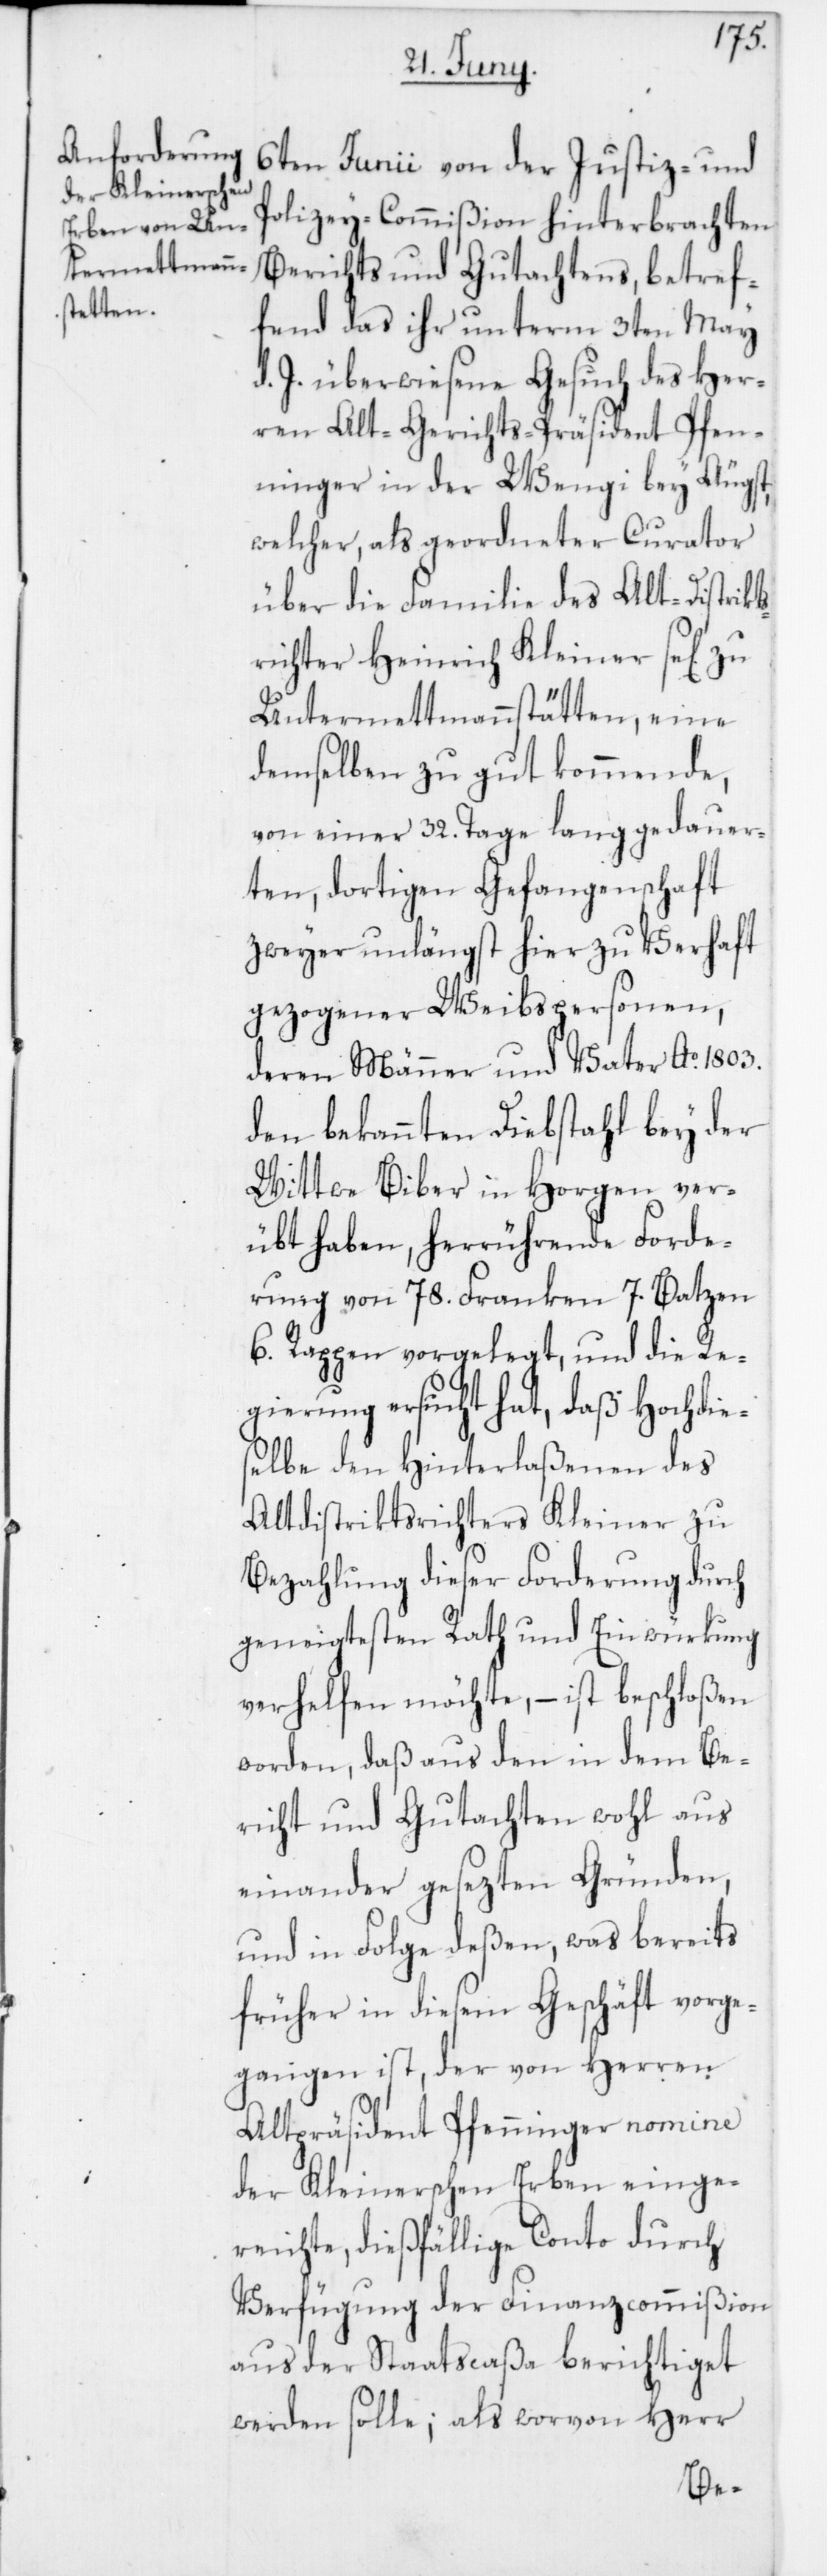
6ten Junii von der Justiz- und
Polizey-Commißion hinterbrachten
Berichts und Gutachtens, betref¬
fend das ihr unterm 3ten May
d. J. überwiesene Gesuch des Her¬
ren Alt-Gerichts-Präsident Pfen¬
ninger in der Wengi bey Äugst,
welcher, als geordneter Curator
über die Familie des Alt-Distrikts¬
richter Heinrich Kleiner se[lig]
Untermettmannstätten, eine
demselben zu gut kommende,
von einer 32. Tage lang gedauer¬
ten, dortigen Gefangenschaft
zweyer unlängst hier zu Verhaft
gezogener Weibspersonen,
deren Männer und Vater Ao 1803.
den bekannten Diebstahl bey der
Wittwe Biber in Horgen ver¬
übt haben, herrührende Forde¬
rung von 78. Franken 7. Batzen
6. Rappen vorgelegt, und die Re¬
gierung ersucht hat, daß Hochdie¬
selbe den Hinterlaßenen des
Altdistriktsrichter Kleiner zu
Bezahlung dieser Forderung durch
geneigtesten Rath und Einwürkung
verhelfen möchte, – ist beschloßen
worden, daß aus den in dem Be¬
richt und Gutachten wohl aus¬
einander gesezten Gründen,
und in Folge deßen, was bereits
früher in diesem Geschäft vorge¬
gangen ist, der von Herren
Altpräsident Pfenninger nomine
der Kleinerschen Erben einge¬
reichte, dießfällige Conto durch
Verfügung der Finanzcommißion
aus der Staatscaßa berichtiget
werden solle; als worvon Herr